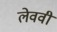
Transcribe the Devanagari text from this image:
लेववी